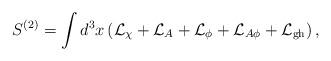
LaTeX: \begin{align*}S^{(2)}=\int d^3x \left( {\cal L}_{\chi}+ {\cal L}_{A}+ {\cal L}_{\phi} +{\cal L}_{A \phi}+{\cal L}_{\rm gh} \right),\end{align*}